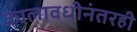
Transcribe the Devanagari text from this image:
कालावधीनंतरही